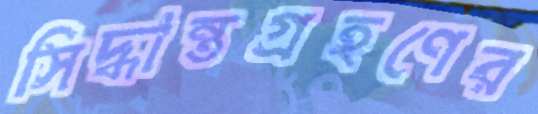
সিদ্ধান্তগ্রহণের